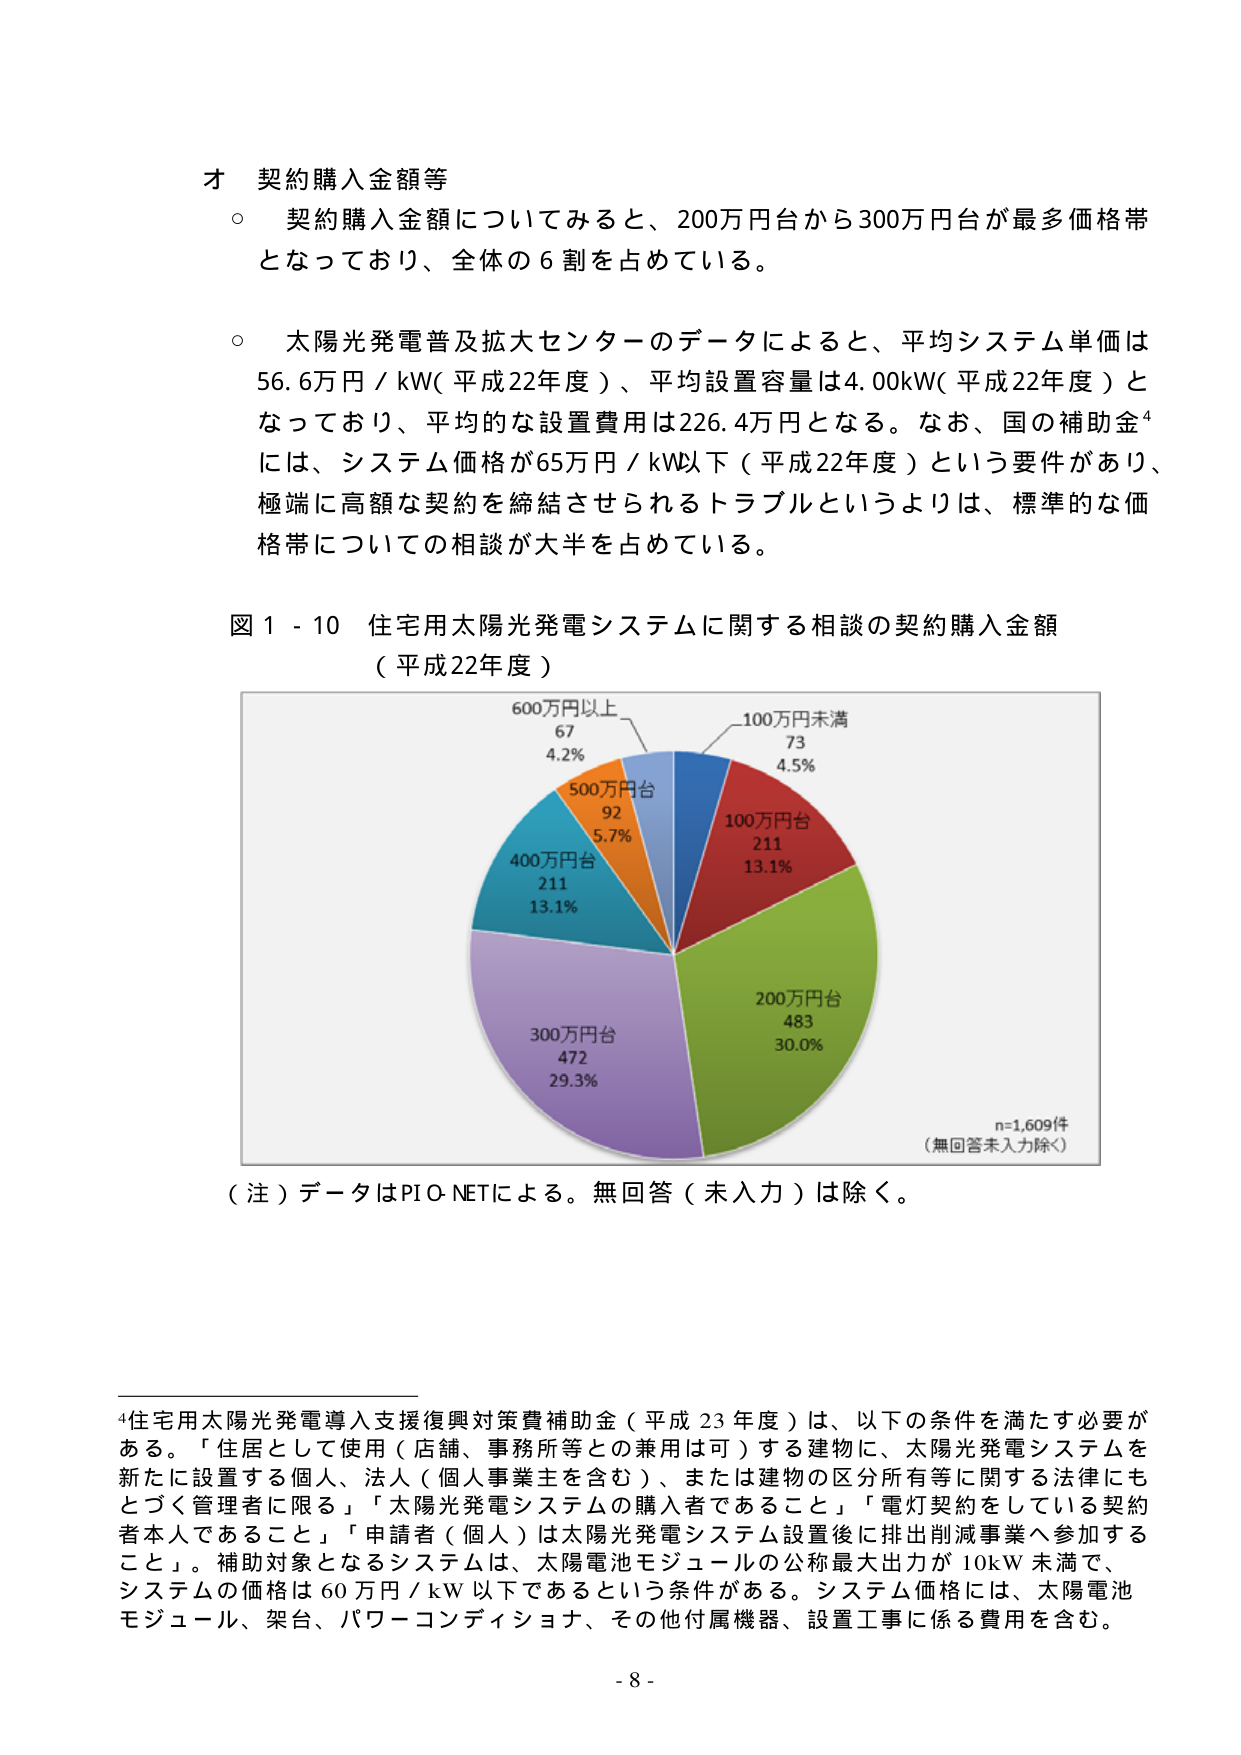
オ 契約購入金額等
○ 契約購入金額についてみると、200万円台から300万円台が最多価格帯となっており、全体の６割を占めている。

○ 太陽光発電普及拡大センターのデータによると、平均システム単価は56.6万円／kW（平成22年度）、平均設置容量は4.00kW（平成22年度）となっており、平均的な設置費用は226.4万円となる。なお、国の補助金⁴には、システム価格が65万円／kW以下（平成22年度）という要件があり、極端に高額な契約を締結させられるトラブルというよりは、標準的な価格帯についての相談が大半を占めている。

図１－10 住宅用太陽光発電システムに関する相談の契約購入金額
（平成22年度）

600万円以上
67
4.2%

500万円台
92
5.7%

400万円台
211
13.1%

300万円台
472
29.3%

200万円台
483
30.0%

100万円台
211
13.1%

100万円未満
73
4.5%

n=1,609件
（無回答未入力除く）

（注）データはPIO-NETによる。無回答（未入力）は除く。

⁴住宅用太陽光発電導入支援復興対策費補助金（平成23年度）は、以下の条件を満たす必要がある。「住居として使用（店舗、事務所等との兼用は可）する建物に、太陽光発電システムを新たに設置する個人、法人（個人事業主を含む）、または建物の区分所有等に関する法律にもとづく管理者に限る」「太陽光発電システムの購入者であること」「電灯契約をしている契約者本人であること」「申請者（個人）は太陽光発電システム設置後に排出削減事業へ参加すること」。補助対象となるシステムは、太陽電池モジュールの公称最大出力が10kW未満で、システム価格は60万円／kW以下であるという条件がある。システム価格には、太陽電池モジュール、架台、パワーコンディショナ、その他付属機器、設置工事に係る費用を含む。

- 8 -